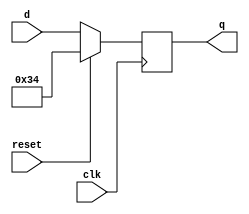
// Exercise 3-2-1-4: DFF With Reset Value
module DFF_Reset2 (
    input clk,
    input reset,
    input [7:0] d,
    output [7:0] q
);
    reg [7:0] q_r;
    assign q = q_r;

    always @(negedge clk) begin
        if (reset) q_r <= 8'h34;
        else q_r <= d;
    end
endmodule